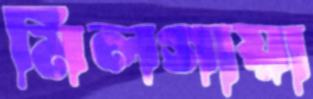
মিলগায়া